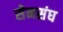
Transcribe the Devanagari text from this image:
सेनसंघ